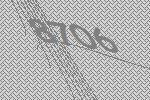
8706